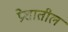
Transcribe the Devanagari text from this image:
प्रेशातील